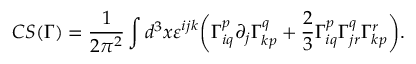
C S ( \Gamma ) = { \frac { 1 } { 2 \pi ^ { 2 } } } \int d ^ { 3 } x \varepsilon ^ { i j k } { \biggl ( } \Gamma _ { i q } ^ { p } \partial _ { j } \Gamma _ { k p } ^ { q } + { \frac { 2 } { 3 } } \Gamma _ { i q } ^ { p } \Gamma _ { j r } ^ { q } \Gamma _ { k p } ^ { r } { \biggr ) } .